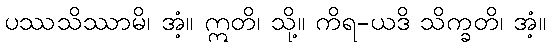
ပဿသိဿာမိ၊ အံ့။ ဣတိ၊ သို့။ ကိရ-ယဒိ သိက္ခတိ၊ အံ့။